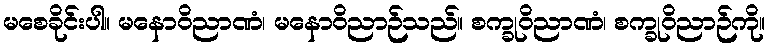
မစေခိုင်းပါ။ မနောဝိညာဏံ၊ မနောဝိညာဉ်သည်။ စက္ခုဝိညာဏံ၊ စက္ခုဝိညာဉ်ကို။